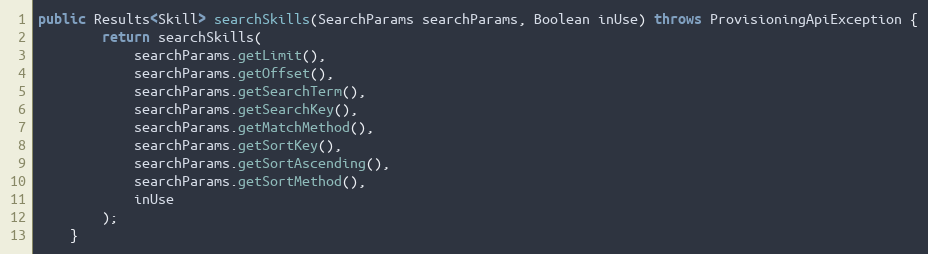
Language: Java
public Results<Skill> searchSkills(SearchParams searchParams, Boolean inUse) throws ProvisioningApiException {
		return searchSkills(
			searchParams.getLimit(),
			searchParams.getOffset(),
			searchParams.getSearchTerm(),
			searchParams.getSearchKey(),
			searchParams.getMatchMethod(),
			searchParams.getSortKey(),
			searchParams.getSortAscending(),
			searchParams.getSortMethod(),
			inUse
		);
	}